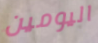
اليومين